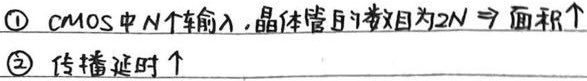
\textcircled{1} CMOS中 \(N\) 个输入，晶体管数目为 \(2N \Rightarrow\) 面积\(\uparrow\)
\textcircled{2} 传播延时\(\uparrow\)